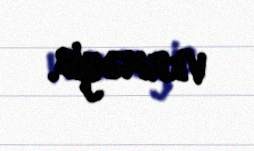
verməyib.